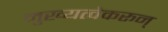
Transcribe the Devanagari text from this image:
मुख्यत्वेकरून्